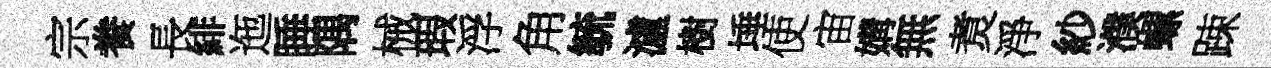
宗飬長緋迤睡隅械瑕浮角毓瀘樹埵使宙媾無煑淨紗濮螺踈